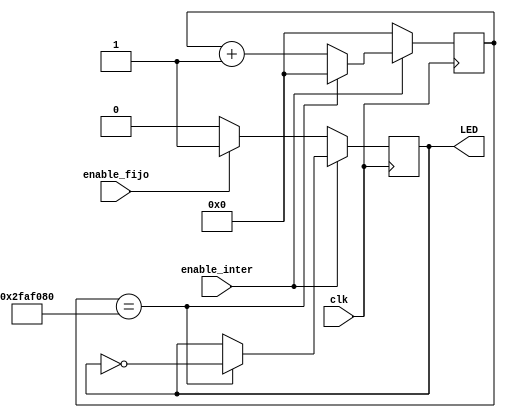
`timescale 1ns / 1ps
//////////////////////////////////////////////////////////////////////////////////
// Company: 
// Engineer: 
// 
// Design Name: 
// Module Name: f_led_2s
// Project Name: 
// Target Devices: 
// Tool Versions: 
// Description: 
// 
// Dependencies: 
// 
// Revision:
// Revision 0.01 - File Created
// Additional Comments:
// 
//////////////////////////////////////////////////////////////////////////////////


module f_led_2s(
    input clk, enable_inter, enable_fijo, 
    output reg  LED
    );
    
    reg [31:0] contador;
    reg estado;

    always @ (posedge clk)
        begin
            
            
            if (enable_inter)
                begin
                    if (contador == 50_000_000)
                        begin
                            contador <= 0;
                            estado <= ~estado;
                        end
                    else
                        begin
                        contador <= contador + 1;
                        end
                end
            else if (enable_fijo)
                begin
                    contador <= 0;
                    estado <= 1; 
                end
            else 
                begin
                    contador <= 0;
                    estado <= 0;
                end
        end
        
     always @(*)
        begin
            LED <= estado;
        end
        
endmodule